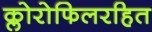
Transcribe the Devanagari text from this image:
क्लोरोफिलरहित